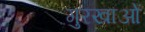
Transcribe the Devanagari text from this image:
गुरखाओं